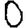
Digit: 0